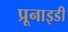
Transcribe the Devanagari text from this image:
प्रूनाइडी